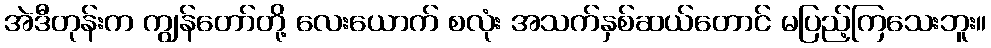
အဲဒီတုန်းက ကျွန်တော်တို့ လေးယောက် စလုံး အသက်နှစ်ဆယ်တောင် မပြည့်ကြသေးဘူး။